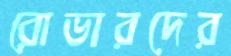
রোভারদের